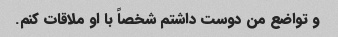
و تواضع من دوست داشتم شخصاً با او ملاقات کنم.